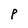
Character: P